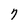
Character: 7